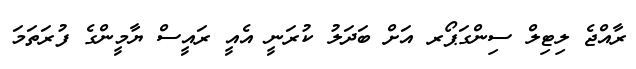
ރާއްޖެ ލިޓިލް ސިންގަޕޯރ އަށް ބަދަލު ކުރަނީ އެއީ ރައީސް ޔާމީންގެ ފުރަތަމަ